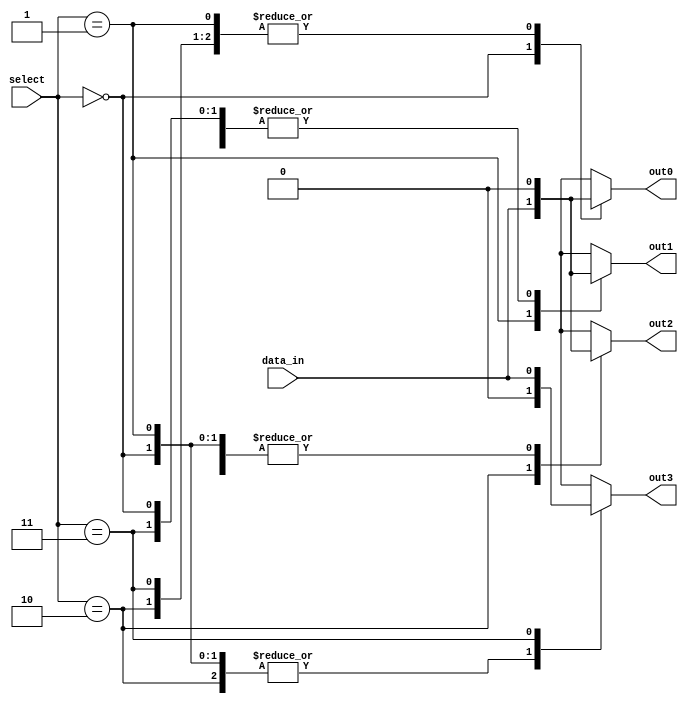
module Demux_2to4 (
    input [1:0] select,
    input data_in,
    output reg out0,
    output reg out1,
    output reg out2,
    output reg out3
);

always @(*) begin
    case(select)
        2'b00: begin
            out0 = data_in;
            out1 = 0;
            out2 = 0;
            out3 = 0;
        end
        2'b01: begin
            out0 = 0;
            out1 = data_in;
            out2 = 0;
            out3 = 0;
        end
        2'b10: begin
            out0 = 0;
            out1 = 0;
            out2 = data_in;
            out3 = 0;
        end
        2'b11: begin
            out0 = 0;
            out1 = 0;
            out2 = 0;
            out3 = data_in;
        end
        default: begin
            out0 = 0;
            out1 = 0;
            out2 = 0;
            out3 = 0;
        end
    endcase
end
endmodule